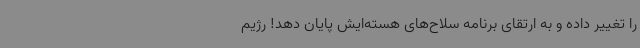
را تغییر داده و به ارتقای برنامه سلاح‌های هسته‌ایش پایان دهد! رژیم